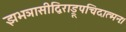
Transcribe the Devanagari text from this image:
झभञासीद्विराड्रूपचिदात्मनः।